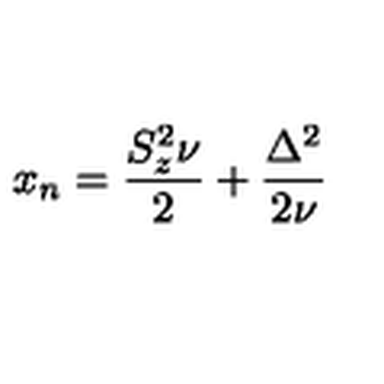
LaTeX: x _ { n } = \frac { S _ { z } ^ { 2 } \nu } { 2 } + \frac { \Delta ^ { 2 } } { 2 \nu }